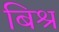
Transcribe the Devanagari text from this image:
बिश्र